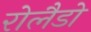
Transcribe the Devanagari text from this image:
रोलैडो